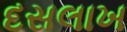
દસલાખ